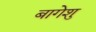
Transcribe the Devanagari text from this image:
बागेशु